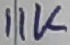
Text: 11K